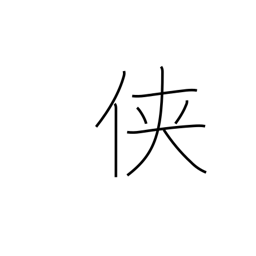
Meaning: tomboy